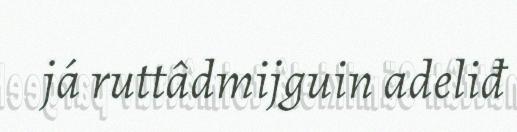
já ruttâdmijguin adeliđ